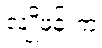
လျိုဖန်းက